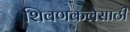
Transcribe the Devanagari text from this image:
शिवणकलेसाठी